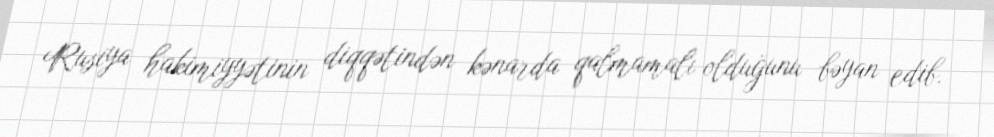
Rusiya hakimiyyətinin diqqətindən kənarda qalmamalı olduğunu bəyan edib.